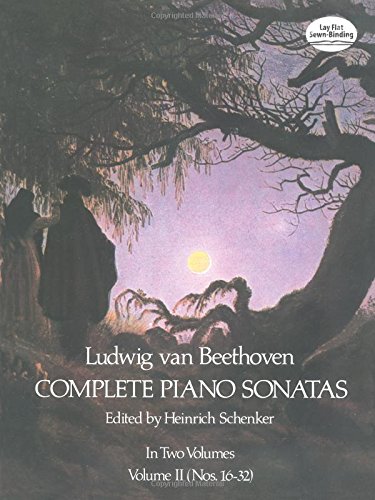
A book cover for Ludwig Van Beethoven Complete Piano Sonatas Volume 2 (Nos. 16-32); Ludwig van Beethoven; Humor & Entertainment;